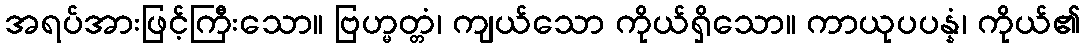
အရပ်အားဖြင့်ကြီးသော။ ဗြဟ္မတ္တံ၊ ကျယ်သော ကိုယ်ရှိသော။ ကာယုပပန္နံ၊ ကိုယ်၏